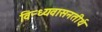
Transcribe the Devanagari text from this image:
विन्ध्यवासनतीर्थ